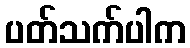
ပတ်သက်ပါက